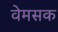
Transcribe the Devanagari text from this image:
वेमसक